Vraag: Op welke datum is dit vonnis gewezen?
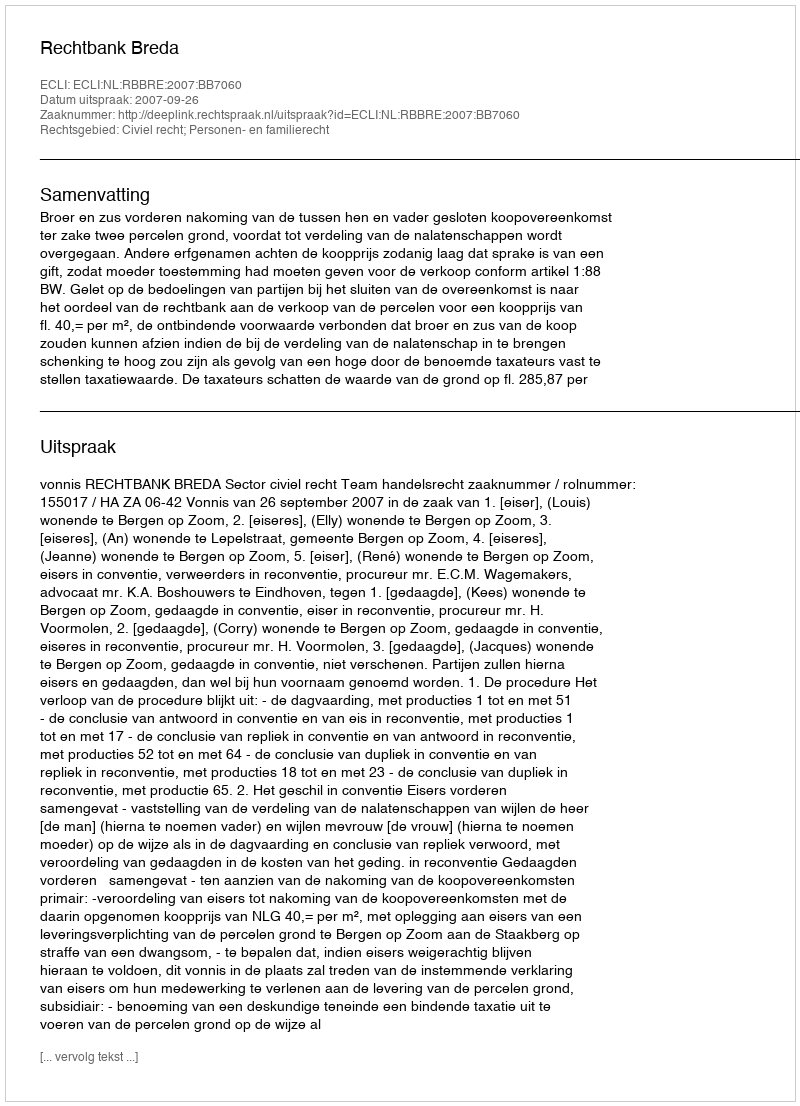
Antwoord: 2007-09-26